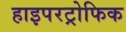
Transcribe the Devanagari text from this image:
हाइपरट्रोफिक